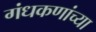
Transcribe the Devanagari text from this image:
गंधकणांच्या